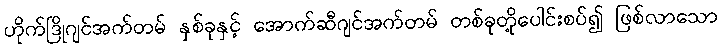
ဟိုက်ဒြိုဂျင်အက်တမ် နှစ်ခုနှင့် အောက်ဆီဂျင်အက်တမ် တစ်ခုတို့ပေါင်းစပ်၍ ဖြစ်လာသော